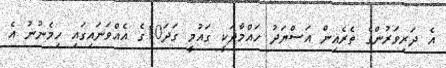
އެ ދަރިވަރުންގެ ތެރެއިން އަސްޔަދު ހައްމާދަކީ ގައުމީ ގަދަ10ގެ އެއްވަނައިގައި ހިމެނުނު އެ